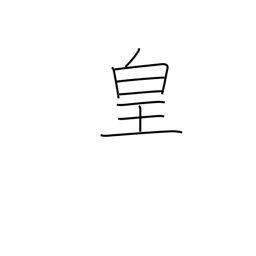
Meaning: emperor